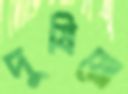
দুষিয়ো